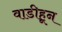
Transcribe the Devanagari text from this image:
वाडीहून